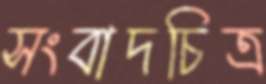
সংবাদচিত্র